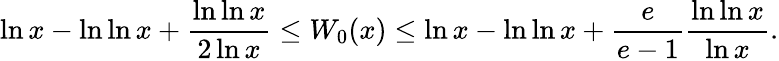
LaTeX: \ln x-\ln\ln x+{\frac{\ln\ln x}{2\ln x}}\leq W_{0}(x)\leq\ln x-\ln\ln x+{\frac{e}{e-1}}{\frac{\ln\ln x}{\ln x}}.